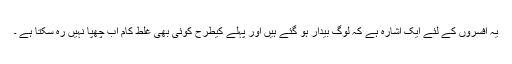
یہ افسروں کے لئے ایک اشارہ ہے کہ لوگ بیدار ہو گئے ہیں اور پہلے کیطرح کوئی بھی غلط کام اب چھپا نہیں رہ سکتا ہے ۔